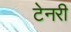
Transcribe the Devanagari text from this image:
टेनरी